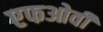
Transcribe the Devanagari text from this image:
एफओवी